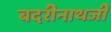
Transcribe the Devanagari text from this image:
बदरीनाथजी